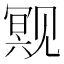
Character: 𬢒